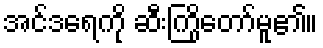
အင်ဒရေကို ဆီးကြိုတော်မူ၏။